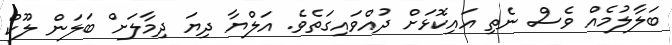
ބަލާލުމެއް ވެސް ނެތި އައިކޮޅަށް ދުއްވައިގަތެވެ. އަލްޔާ ދިޔަ ދިމާލަށް ބަލަން ލޫކް